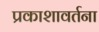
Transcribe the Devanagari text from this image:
प्रकाशावर्तना